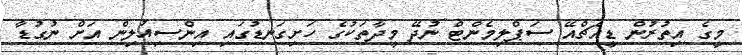
މީގެ އިތުރުން ޑީއެޗްއޭ ސަޕްލިމެންޓް ނުދޭ މީދާތަކުގެ ހަށިގަނޑުގައި އިންސިއުލިން އަށް ނުގުޑާ